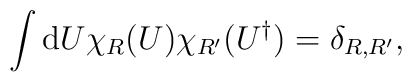
\int{\rm d} U \chi_R (U) \chi_{R'} (U^{\dagger}) = \delta_{R,R'},